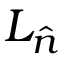
L _ { \hat { n } }